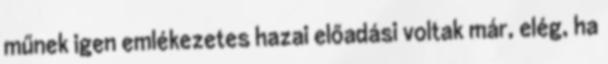
műnek igen emlékezetes hazai előadási voltak már, elég, ha